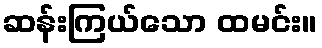
ဆန်းကြယ်သော ထမင်း။